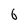
Character: 6